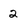
Character: 2